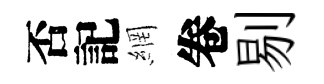
否記網卷剔